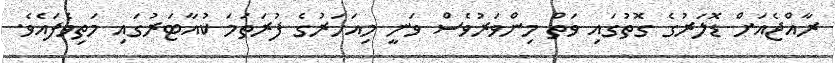
ރާއްޖެއަށް ޑޮލަރުގެ ގޮތުގައި ވަތް މިންވަރުވެސް ވަނީ މިއަހަރުގެ ފުރަތަމަ ކުއާޓަރުގައި މަތިވެފައެވެ.